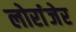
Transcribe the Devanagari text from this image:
लोरांंजेर